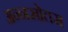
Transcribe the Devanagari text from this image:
अन्नस्रोतस